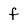
Character: f